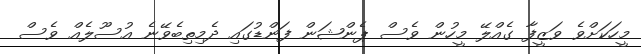
މީހަކަށްވެ ވަޒީފާ ގެއްލޭ މީހުން ވެސް ޕެންޝަން ފަންޑުގައި ދެމިތިބެވޭނެ އުސޫލެއް ވެސް